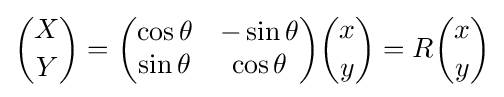
{\binom {X}{Y}}={\begin{pmatrix}\cos \theta &-\sin \theta \\\sin \theta &\cos \theta \end{pmatrix}}{\binom {x}{y}}=R{\binom {x}{y}}